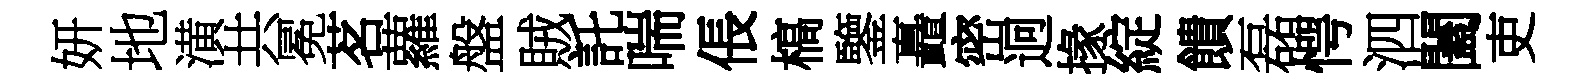
妍地潢共冕茗蘿盤賊託喘倀槁鑒矗密迥掾綻饋磊愕泗闔吏